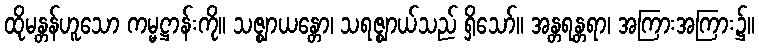
ထိုမန္တန်ဟူသော ကမ္မဋ္ဌာန်းကို။ သဇ္ဈာယန္တော၊ သရဇ္ဈာယ်သည် ရှိသော်။ အန္တရန္တရာ၊ အကြားအကြား၌။